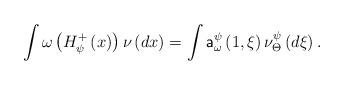
LaTeX: \begin{align*}\int \omega \left( H_{\psi }^{+}\left( x\right) \right) \nu \left( dx\right)=\int \mathsf{a}_{\omega }^{\psi }\left( 1,\xi \right) \nu _{\Theta }^{\psi}\left( d\xi \right) . \end{align*}